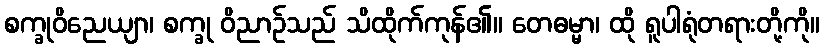
စက္ခုဝိညေယျာ၊ စက္ခု ဝိညာဉ်သည် သိထိုက်ကုန်၏။ တေဓမ္မာ၊ ထို ရူပါရုံတရားတို့ကို။